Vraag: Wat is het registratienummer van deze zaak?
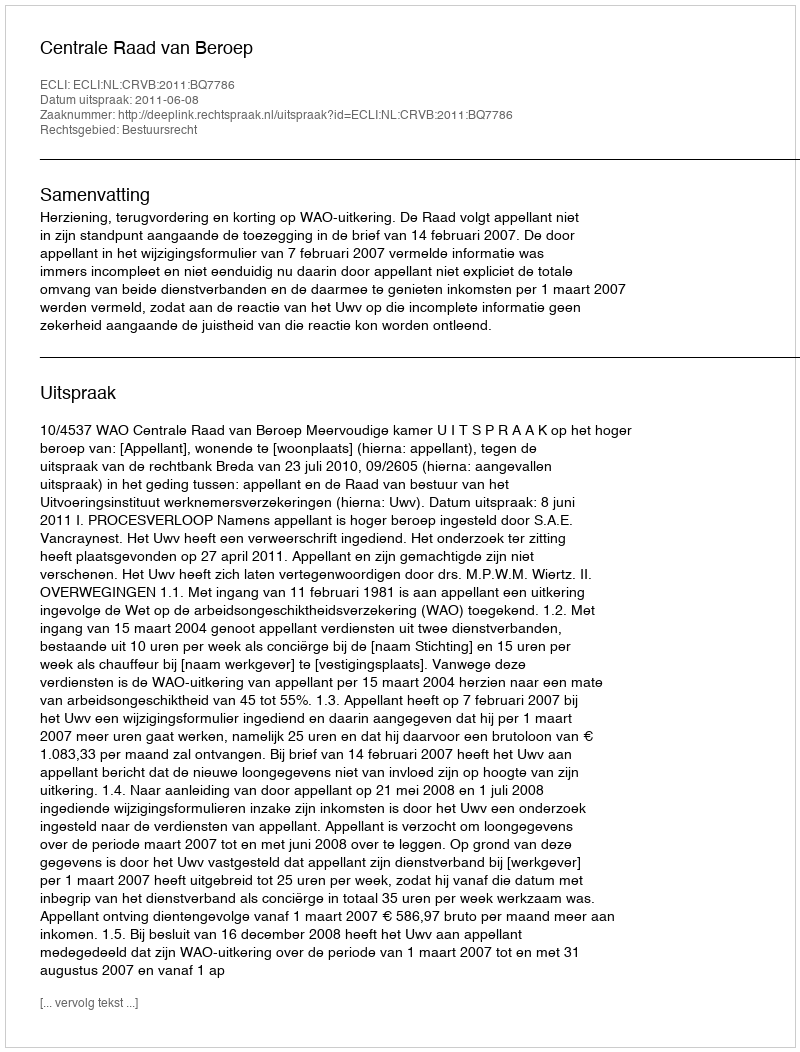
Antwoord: http://deeplink.rechtspraak.nl/uitspraak?id=ECLI:NL:CRVB:2011:BQ7786